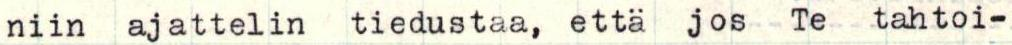
niin ajattelin tiedustaa, että jos  Te  tahtoi-